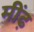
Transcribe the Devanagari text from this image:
मींढ़